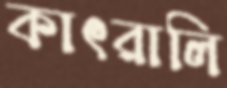
কাৎরালি